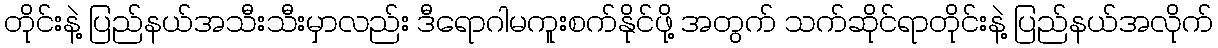
တိုင်းနဲ့ ပြည်နယ်အသီးသီးမှာလည်း ဒီရောဂါမကူးစက်နိုင်ဖို့ အတွက် သက်ဆိုင်ရာတိုင်းနဲ့ ပြည်နယ်အလိုက်